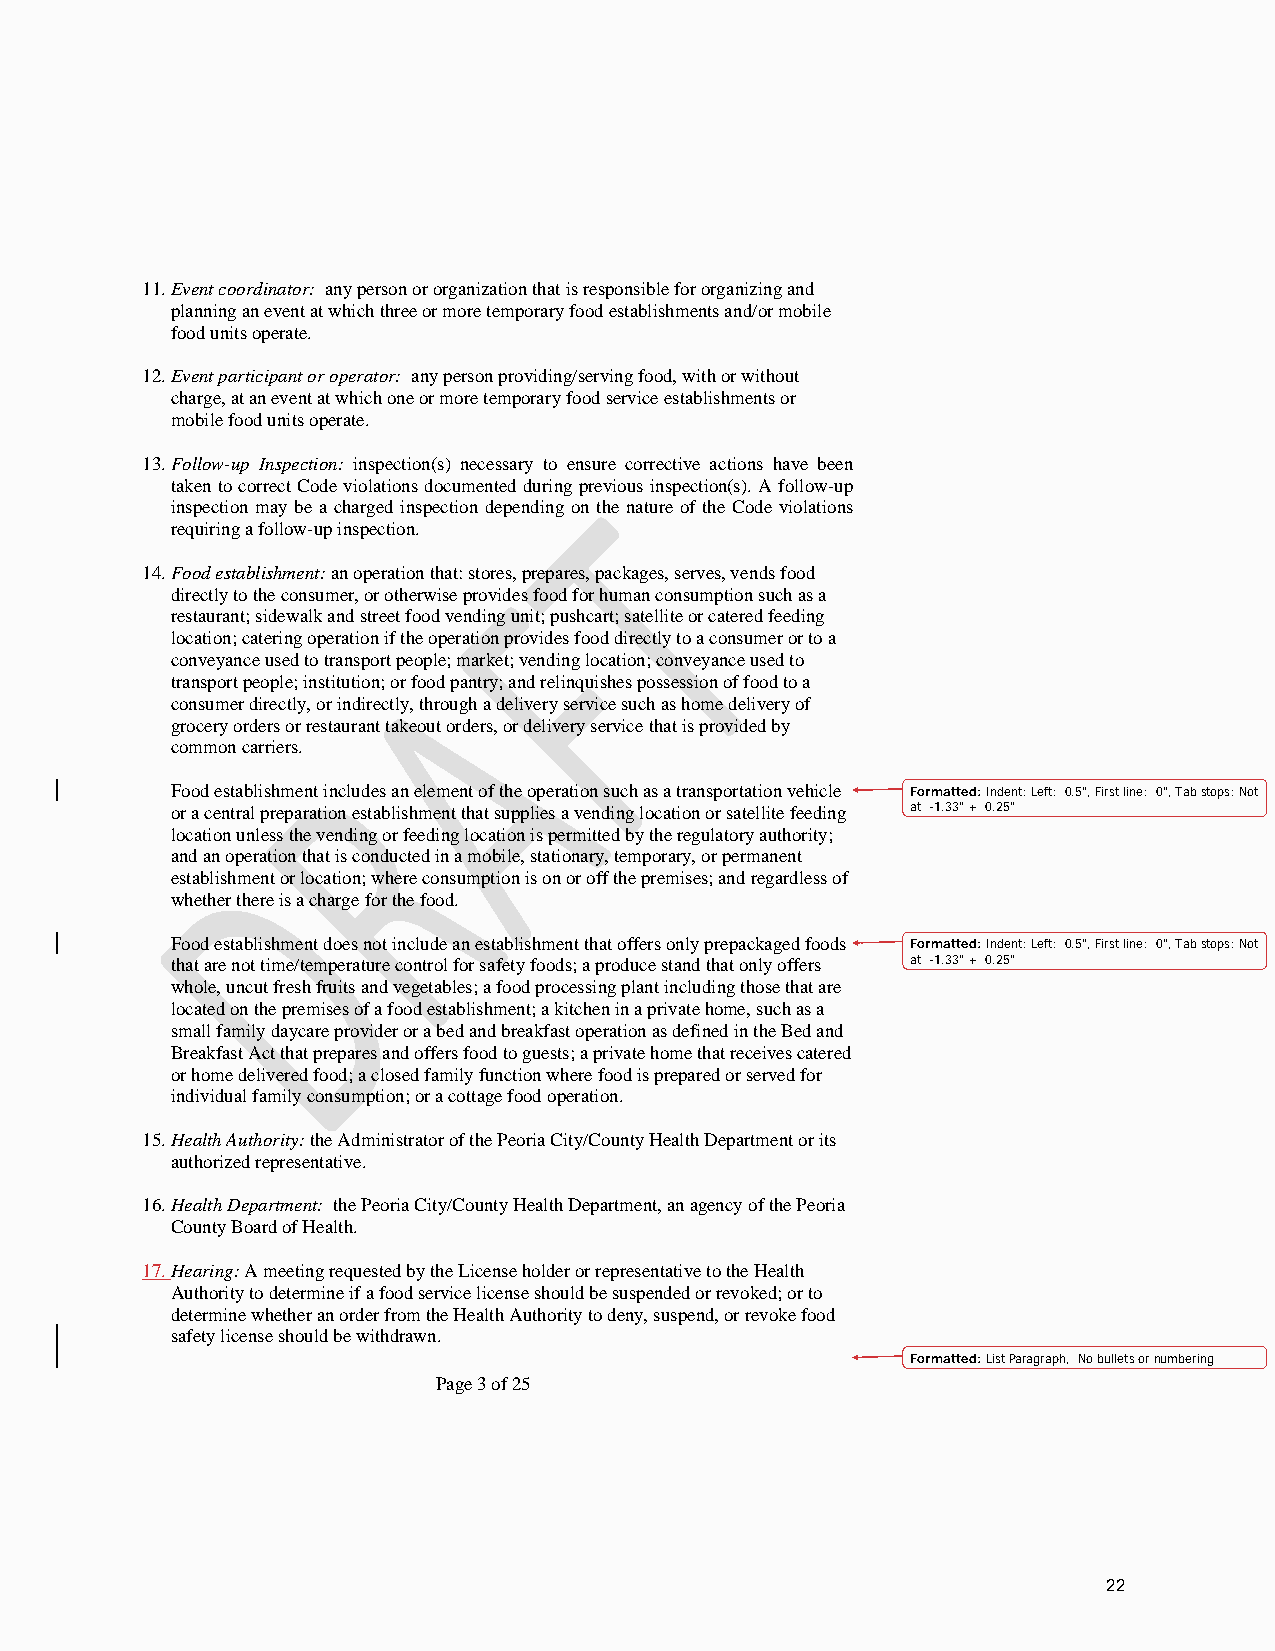
11. Event coordinator: any person or organization that is responsible for organizing and
 planning an event at which three or more temporary food establishments and/or mobile
 food units operate.
 12. Event participant or operator: any person providing/serving food, with or without
 charge, at an event at which one or more temporary food service establishments or
 mobile food units operate.
 13. Follow-up Inspection: inspection(s) necessary to ensure corrective actions have been
 taken to correct Code violations documented during previous inspection(s). A follow-up
 inspection may be a charged inspection depending on the nature of the Code violations
 requiring a follow-up inspection.
 14. Food establishment: an operation that: stores, prepares, packages, serves, vends food
 directly to the consumer, or otherwise provides food for human consumption such as a
 restaurant; sidewalk and street food vending unit; pushcart; satellite or catered feeding
 location; catering operation if the operation provides food directly to a consumer or to a
 conveyance used to transport people; market; vending location; conveyance used to
 transport people; institution; or food pantry; and relinquishes possession of food to a
 consumer directly, or indirectly, through a delivery service such as home delivery of
 grocery orders or restaurant takeout orders, or delivery service that is provided by
 common carriers.
 Food establishment includes an element of the operation such as a transportation vehicle Formatted: Indent: Left: 0.5", First line: 0", Tab stops: Not
 or a central preparation establishment that supplies a vending location or satellite feeding at -1.33" + 0.25"
 location unless the vending or feeding location is permitted by the regulatory authority;
 and an operation that is conducted in a mobile, stationary, temporary, or permanent
 establishment or location; where consumption is on or off the premises; and regardless of
 whether there is a charge for the food.
 Food establishment does not include an establishment that offers only prepackaged foods Formatted: Indent: Left: 0.5", First line: 0", Tab stops: Not
 that are not time/temperature control for safety foods; a produce stand that only offers at -1.33" + 0.25"
 whole, uncut fresh fruits and vegetables; a food processing plant including those that are
 located on the premises of a food establishment; a kitchen in a private home, such as a
 small family daycare provider or a bed and breakfast operation as defined in the Bed and
 Breakfast Act that prepares and offers food to guests; a private home that receives catered
 or home delivered food; a closed family function where food is prepared or served for
 individual family consumption; or a cottage food operation.
 15. Health Authority: the Administrator of the Peoria City/County Health Department or its
 authorized representative.
 16. Health Department: the Peoria City/County Health Department, an agency of the Peoria
 County Board of Health.
 17. Hearing: A meeting requested by the License holder or representative to the Health
 Authority to determine if a food service license should be suspended or revoked; or to
 determine whether an order from the Health Authority to deny, suspend, or revoke food
 safety license should be withdrawn.
 Formatted: List Paragraph, No bullets or numbering
 Page 3 of 25
 22